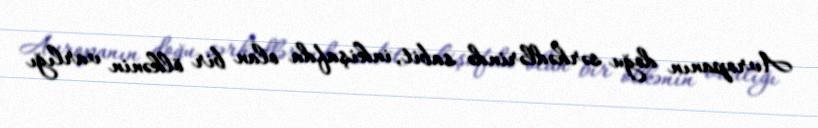
Avropanın doğu sərhədlərində sabit, inkişafda olan bir ölkənin varlığı